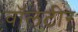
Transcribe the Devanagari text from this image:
वॉलंटीर